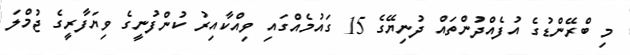
މި ބްރޭންޑުގެ އުފެއްދުންތައް ދުނިޔޭގެ 15 ގައުމެއްގައި ވިއްކާއިރު ކުންފުނީގެ ވިޔަފާރީގެ ޖުމްލަ